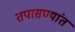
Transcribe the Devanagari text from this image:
तपासण्यांत